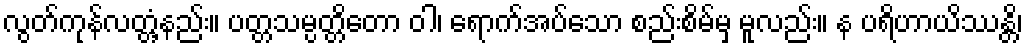
လွတ်ကုန်လတ္တံ့နည်း။ ပတ္တသမ္ပတ္တိတော ဝါ၊ ရောက်အပ်သော စည်းစိမ်မှ မူလည်း။ န ပရိဟာယိဿန္တိ၊